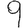
Digit: 9